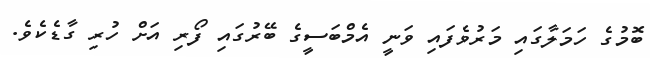
ބޮމުގެ ހަމަލާގައި މަރުވެފައި ވަނީ އެމްބަސީގެ ބޭރުގައި ފޯރި އަށް ހުރި ގާޑެކެވެ.